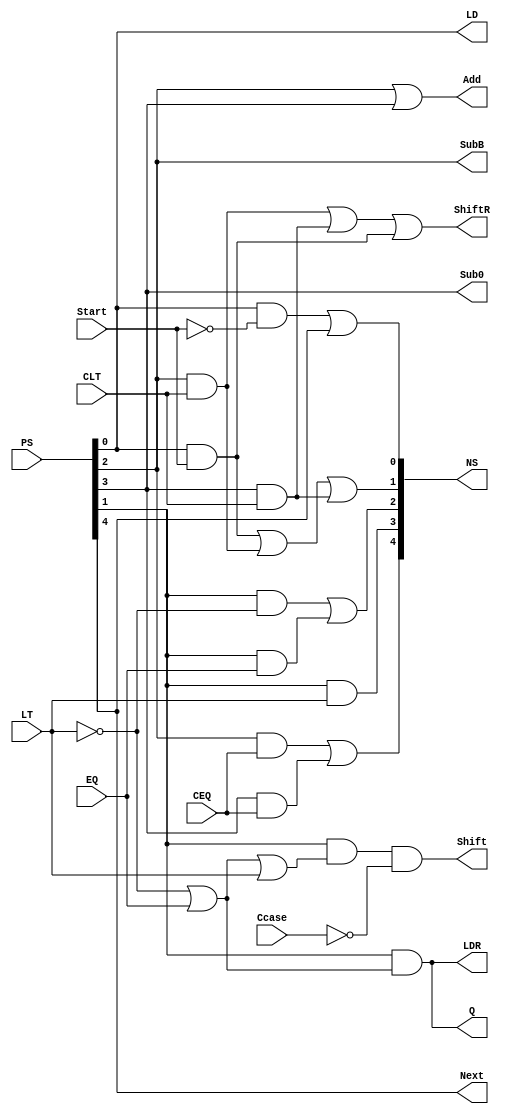
`timescale 1ns / 1ps
//////////////////////////////////////////////////////////////////////////////////
// Company: 
// Engineer: 
// 
// Design Name: 
// Module Name: Divider_ControlLogic
// Project Name: 
// Target Devices: 
// Tool Versions: 
// Description: 
// 
// Dependencies: 
// 
// Revision:
// Revision 0.01 - File Created
// Additional Comments:
// 
//////////////////////////////////////////////////////////////////////////////////


module Divider_ControlLogic(
    input EQ, LT, CEQ, CLT, Start, Ccase,
    input [4:0] PS,
    output [4:0] NS,  
    output LD, Shift, ShiftR, Add, Sub0, SubB , Q, LDR, Next
//    input [3:0] EQ,
//    input [3:0] LT,
//    input Start, 
//    input [6:0] PS,
//    output [6:0] NS,  
//    output LD, Shift, Q, Sub, Add, NPrime, Prime
    );

    wire IDLE, SHIFT, SUBB, SUB0, OUT;
    wire Next_IDLE, Next_SHIFT, Next_SUBB, Next_SUB0, Next_OUT;
    
    // Present State
    assign IDLE     = PS[0];
    assign SHIFT    = PS[1];
    assign SUBB     = PS[2];
    assign SUB0     = PS[3];
    assign OUT      = PS[4];

    // Next State
    assign NS[0] = Next_IDLE;
    assign NS[1] = Next_SHIFT;
    assign NS[2] = Next_SUBB;
    assign NS[3] = Next_SUB0;
    assign NS[4] = Next_OUT;

    //Enter Logic 
    assign Next_IDLE        = IDLE&~Start|OUT;  
    assign Next_SHIFT       = IDLE&Start|SUBB&CLT|SUB0&CLT;
    assign Next_SUBB        = SHIFT&~LT|SHIFT&EQ; 
    assign Next_SUB0        = SHIFT&LT;
    assign Next_OUT         = SUBB&CEQ|SUB0&CEQ;
    
    // Outputs
    assign LD       = IDLE;
    assign ShiftR   = SUBB&CLT|SUB0&CLT|IDLE&Start;
    //assign Shift    = SHIFT;
    assign Shift    = SHIFT&((~LT|EQ)|(LT))&~Ccase;
//    assign Shift    = SUBB|SUB0;
    assign LDR      = SHIFT&(~LT|EQ);
    assign Add      = SUBB|SUB0;
    assign Q        = SHIFT&(~LT|EQ);
    assign SubB     = SUBB;
    assign Sub0     = SUB0;
    assign Next     = OUT;

    
//    wire IDLE, DIVISOR, QUOTIENT, COUNT, CHECK;
//    wire Next_IDLE, Next_DIVISOR, Next_QUOTIENT, Next_COUNT, Next_CHECK;
    
//    // Present State
//    assign IDLE     = PS[0];
//    assign DIVISOR  = PS[1];
//    assign QUOTIENT = PS[2];
//    assign COUNT    = PS[3];
//    assign CHECK    = PS[4];

//    // Next State
//    assign NS[0] = Next_IDLE;
//    assign NS[1] = Next_DIVISOR;
//    assign NS[2] = Next_QUOTIENT;
//    assign NS[3] = Next_COUNT;
//    assign NS[4] = Next_CHECK;

//    //Enter Logic 
//    assign Next_IDLE        = IDLE&~Start|DIVISOR&~EQ[0]&~LT[0]|CHECK&EQ[3];  
//    assign Next_DIVISOR     = IDLE&Start|CHECK&~LT[3]&~EQ[3];
//    assign Next_QUOTIENT    = DIVISOR&(EQ[1]|LT[1])|COUNT&~EQ[2]; 
//    assign Next_COUNT       = QUOTIENT&((EQ[1]|~LT[1])|LT[1]);
//    assign Next_CHECK       = COUNT&EQ[2];
    
//    // Outputs
//    assign LD       = IDLE&Start;
//    assign Shift    = (DIVISOR&(EQ[0]|LT[0]))|(COUNT&~EQ[2]);
//    assign Q        = QUOTIENT&((~EQ[1]&~LT[1])|(EQ[1]|LT[1]));
//    assign SubB     = QUOTIENT&(~EQ[1]&~LT[1]);
//    assign Sub0     =
//    assign Add      = (CHECK&~EQ[3]&~LT[3]);
//    assign NPrime   = CHECK&EQ[3];
//    assign Prime    = DIVISOR&~EQ[0]&~LT[0];
endmodule